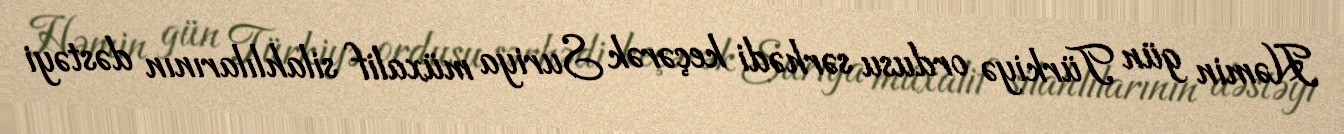
Həmin gün Türkiyə ordusu sərhədi keçərək Suriya müxalif silahlılarının dəstəyi